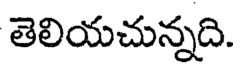
తెలియచున్నది.